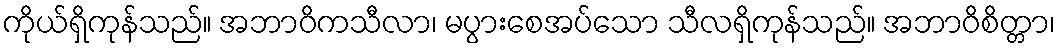
ကိုယ်ရှိကုန်သည်။ အဘာဝိကသီလာ၊ မပွားစေအပ်သော သီလရှိကုန်သည်။ အဘာဝိစိတ္တာ၊